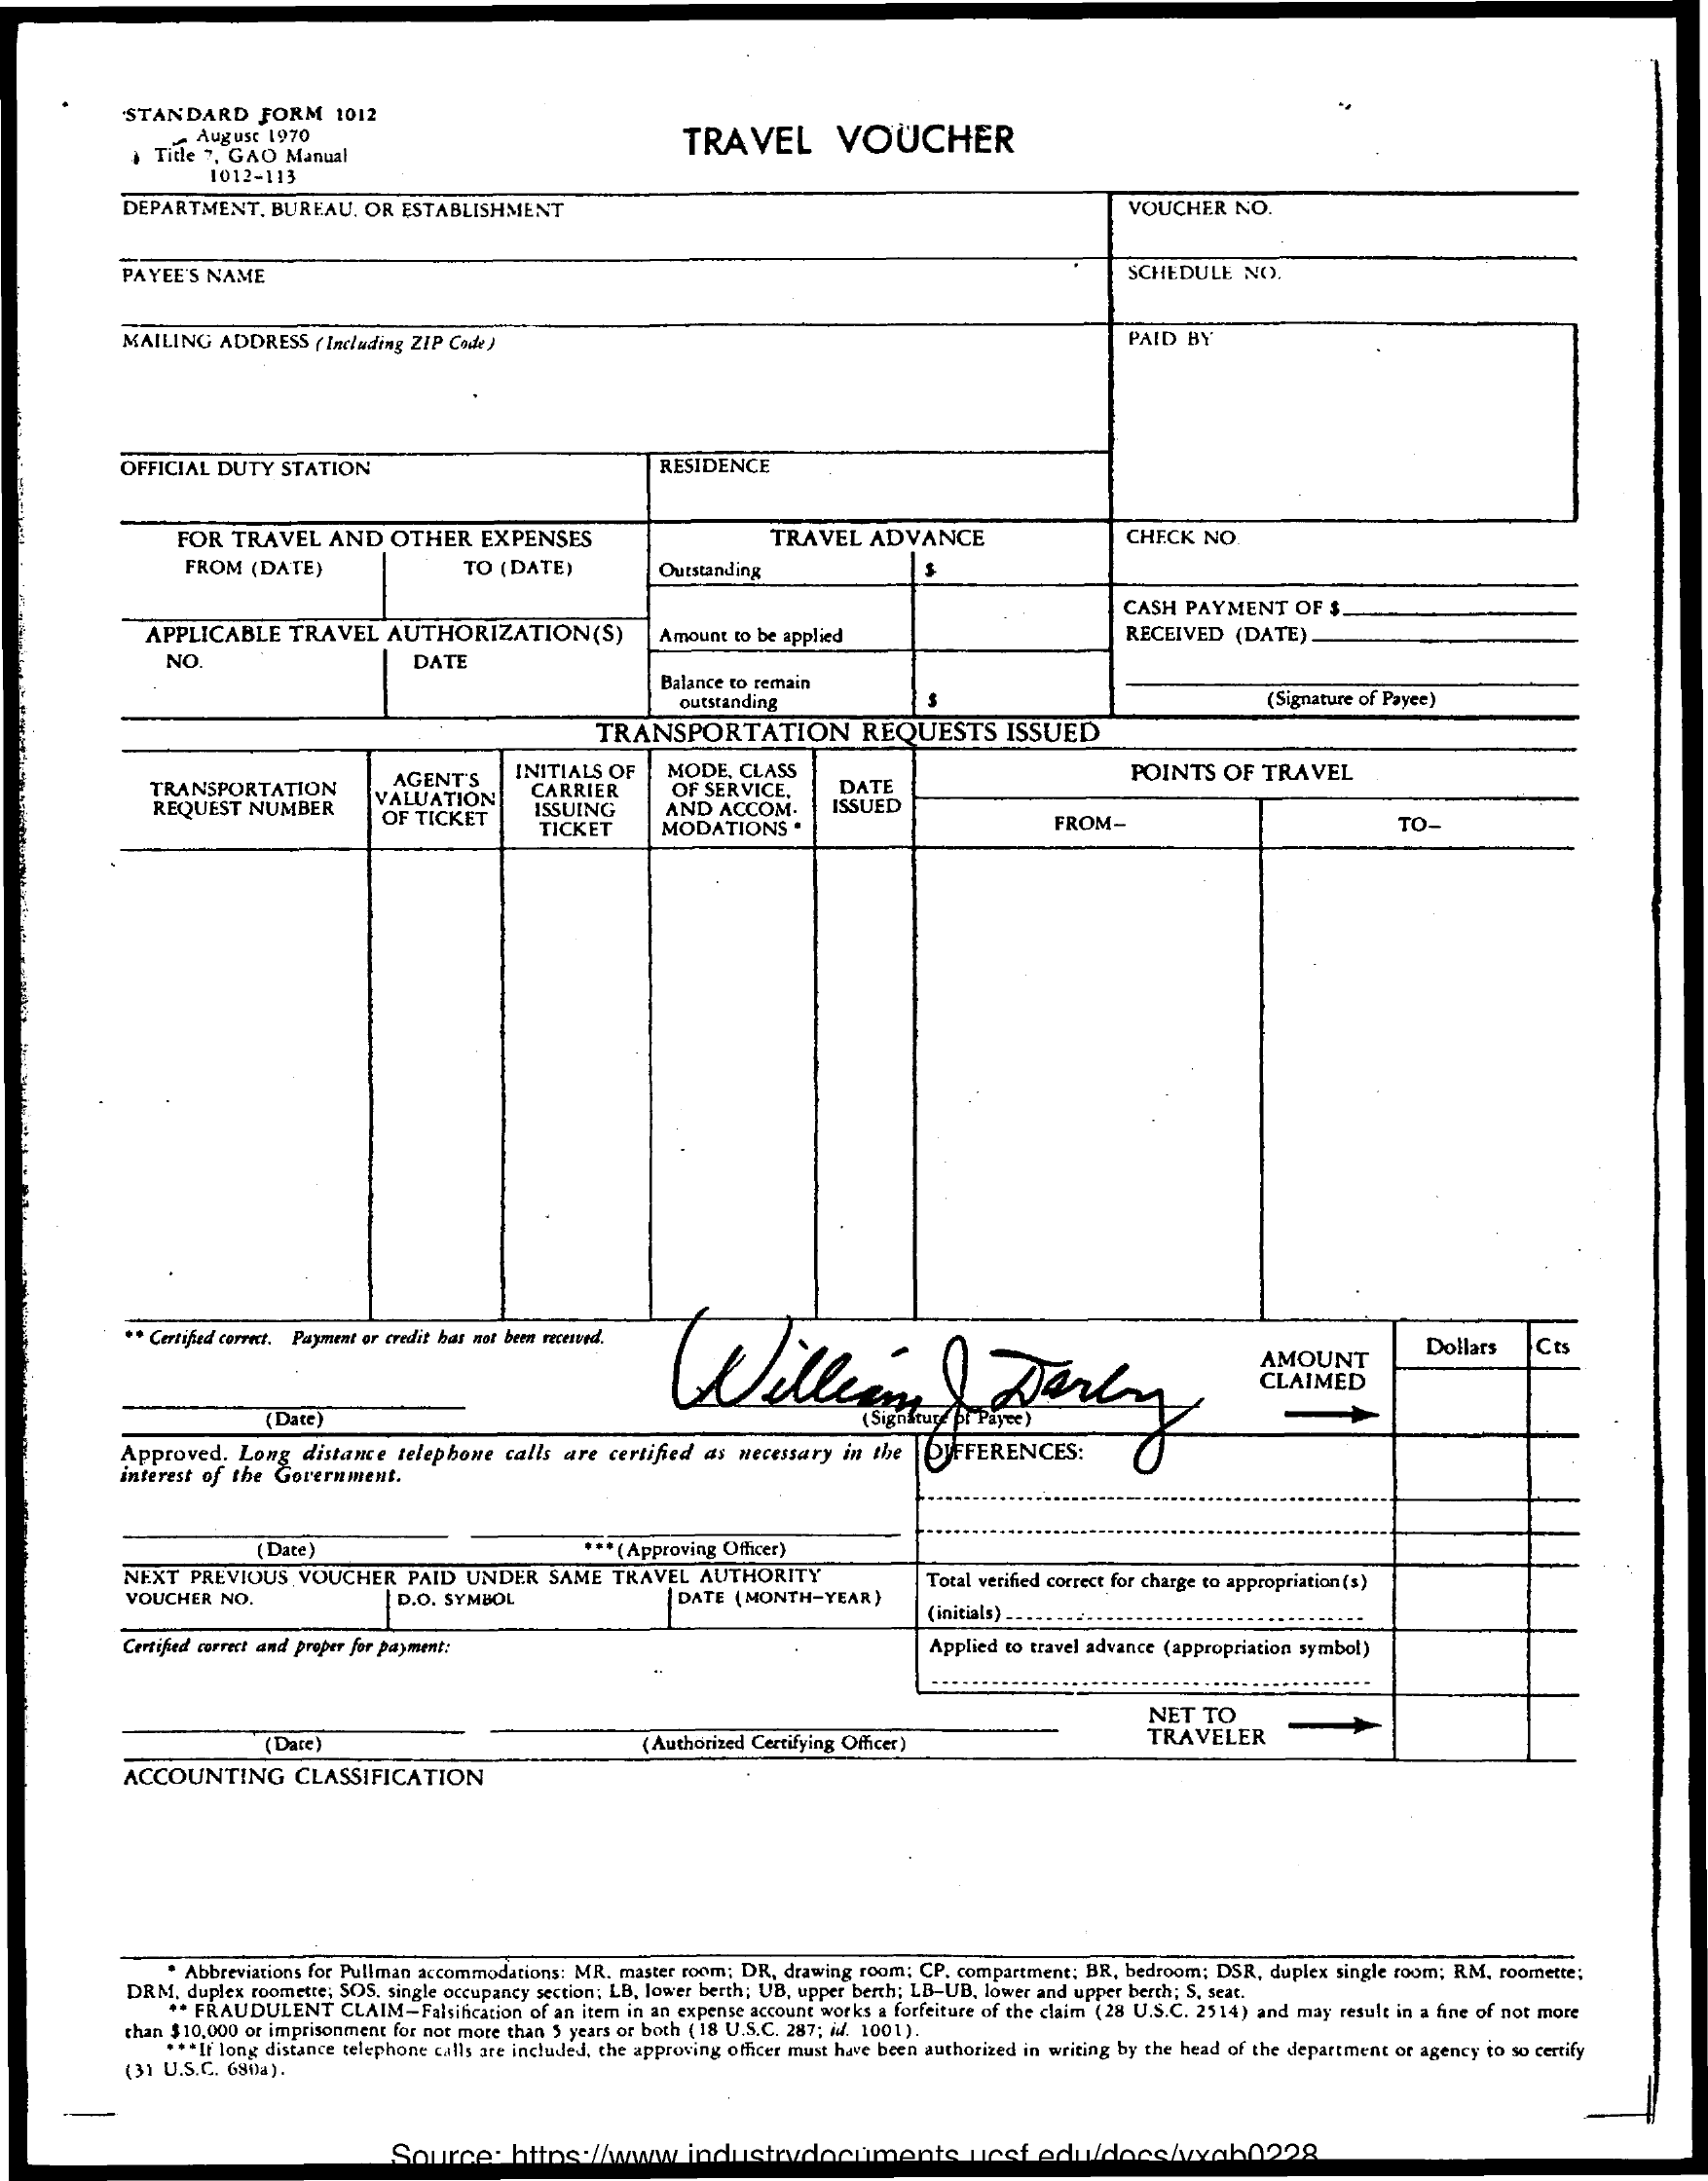
STANDARD    FORM   1012
     August 1970
     + Tide 7, GAO Manual
     TRAVEL    VOUCHER
     1012-113
     DEPARTMENT.   BUREAU,  OR ESTABLISHMENT    VOUCHER   NO.
     PAYEE'S NAME    SCHEDULE   NO.
     MAILING  ADDRESS  ( Including ZIP Code )    PAID  BY
     OFFICIAL DUTY  STATION    RESIDENCE
     FOR  TRAVEL   AND   OTHER    EXPENSES    TRAVEL   ADVANCE    CHECK  NO
     FROM  (DATE)    TO (DATE)    Outstanding
     APPLICABLE    TRAVEL   AUTHORIZATION(S)
     CASH PAYMENT    OF $.
     Amount to be applied    RECEIVED  (DATE).
     NO.    DATE
     Balance to remain
     outstanding    (Signature of Payee)
     TRANSPORTATION    REQUESTS    ISSUED
     TRANSPORTATION
     AGENT'S    INITIALS OF    MODE,  CLASS
     REQUEST  NUMBER
     VALUATION
     CARRIER    DATE
     POINTS   OF  TRAVEL
     OF SERVICE,
     OF TICKET    ISSUING    AND  ACCOM.    ISSUED
     TICKET    MODATIONS    .    FROM-    TO-
     ** Certifed correct. Payment or credit has not been received.
     AMOUNT    Dollars   Ces
     CLAIMED
     (Date)
     Approved.  Long  distance telephone calls are certified as necessary in the
     interest of the Government.
     (Date)    .** (Approving Officer)
     NEXT  PREVIOUS   VOUCHER   PAID  UNDER   SAME  TRAVEL  AUTHORITY
     VOUCHER  NO.    D.O. SYMBOL    DATE ( MONTH-YEAR)
     Total verified correct for charge to appropriation (s)
     (initials).
     Certified correct and proper for payment:    Applied to travel advance (appropriation symbol)
     NET  TO
     (Date)    (Authorized Certifying Officer)    TRAVELER
     ACCOUNTING    CLASSIFICATION
     " Abbreviations for Pullman accommodations: MR. master room; DR, drawing room; CP. compartment; BR, bedroom: DSR, duplex single room; RM. roomette;
     DRM.  duplex roomette; SOS, single occupancy section; LB. lower berth; UB, upper berth; LB-UB, lower and upper berth; S. seat.
     * FRAUDULENT  CLAIM-Falsification of an item in an expense account works a forfeiture of the claim (28 U.S.C. 2514) and may result in a fine of not more
     than $10,000 or imprisonment for not more than 3 years or both ( 18 U.S.C. 287; A/ 1001).
     (31 U.S.C ., 690a).
     *** If long distance telephone calls are included, the approving officer must have been authorized in writing by the head of the department or agency to so certify
     Source:    docs/yyah0228